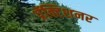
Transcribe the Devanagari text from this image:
प्रॅक्टिशनर